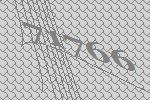
71766